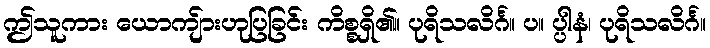
ဤသူကား ယောကျ်ားဟုပြခြင်း ကိစ္စရှိ၏။ ပုရိသလိင်္ဂ။ ပ။ ပ္ပါနံ၊ ပုရိသလိင်္ဂ။